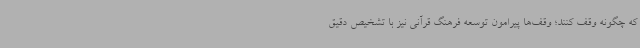
که چگونه وقف کنند؛ وقف‌ها پیرامون توسعه فرهنگ قرآنی نیز با تشخیص دقیق